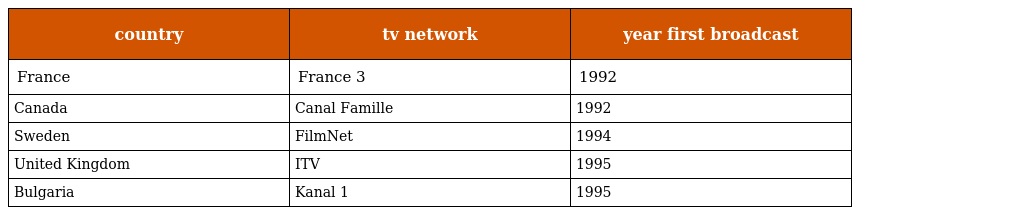
| country | tv network | year first broadcast |
 | --- | --- | --- |
 | France | France 3 | 1992 |
 | Canada | Canal Famille | 1992 |
 | Sweden | FilmNet | 1994 |
 | United Kingdom | ITV | 1995 |
 | Bulgaria | Kanal 1 | 1995 |